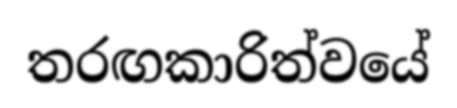
තරඟකාරිත්වයේ